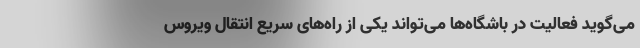
می‌گوید فعالیت در باشگاه‌ها می‌تواند یکی از راه‌های سریع انتقال ویروس